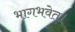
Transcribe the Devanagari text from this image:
भागभवेत।